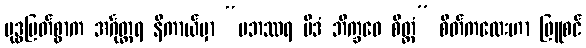
ဗုဒ္ဓမြတ်စွာက အင်္ဂုတ္တရ နိကာယ်မှာ “ပဘဿရ မိဒံ ဘိက္ခဝေ စိတ္တံ” စိတ်ကလေးဟာ ဖြူစင်